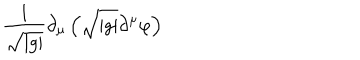
LaTeX: \frac { 1 } { \sqrt { | g | } } \partial _ { \mu } \left( \sqrt { | g | } \partial ^ { \mu } \varphi \right)